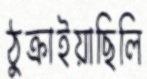
ঠুক্‌রাইয়াছিলি